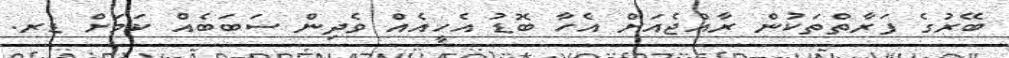
ބޭރުގެ ފަރާތްތަކުން ރާއްޖެއަށް އެހާ ބޮޑު އެހީއެއް ވެދިން ސަބަބެއް ކަމަށް ޑރ.